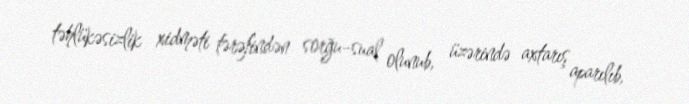
təhlükəsizlik xidməti tərəfindən sorğu-sual olunub, üzərində axtarış aparılıb,